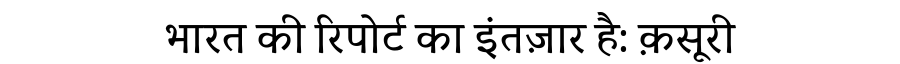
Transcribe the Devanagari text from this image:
भारत की रिपोर्ट का इंतज़ार है: क़सूरी